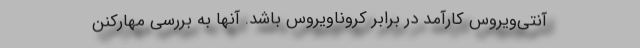
آنتی‌ویروس کارآمد در برابر کروناویروس باشد. آنها به بررسی مهارکنن